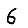
Digit: 6